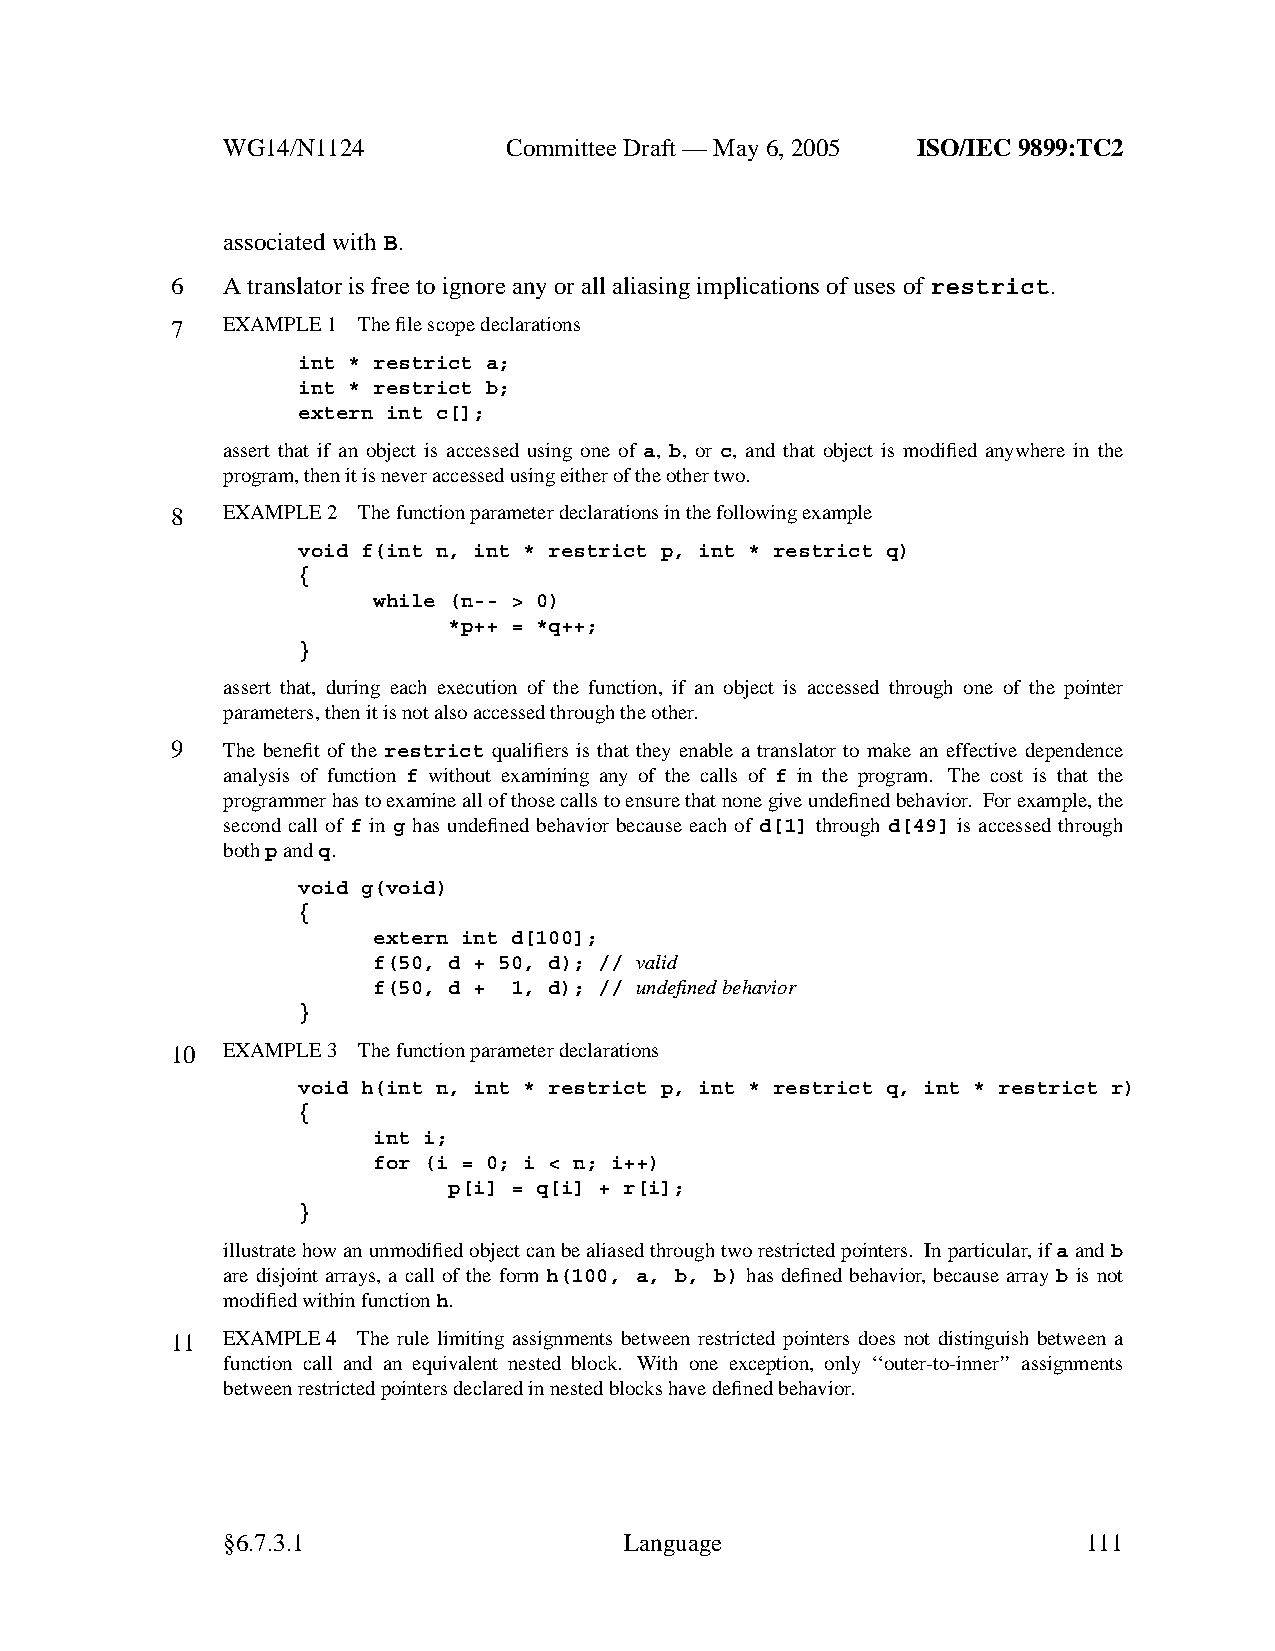
WG14/N1124        CommitteeDraft — May 6, 2005 ISO/IEC 9899:TC2
 associated withB.
 6   Atranslator is free to ignore anyor all aliasing implications of uses of restrict.
 7   EXAMPLE 1 The file scope declarations
 int * restrict a;
 int * restrict b;
 extern int c[];
 assert that if an object is accessed using one of a, b, or c, and that object is modified anywhere in the
 program, then it is neveraccessed using either of the other two.
 8   EXAMPLE 2 The function parameter declarations in the following example
 void f(int n, int * restrict p, int * restrict q)
 {
 while (n-- > 0)
 *p++ = *q++;
 }
 assert that, during each execution of the function, if an object is accessed through one of the pointer
 parameters, then it is not also accessed through the other.
 9   The benefit of the restrict qualifiers is that they enable a translator to make an effective dependence
 analysis of function f without examining any of the calls of f in the program. The cost is that the
 programmer has to examine all of those calls to ensure that none give undefined behavior. For example, the
 second call of f in g has undefined behavior because each of d[1] through d[49] is accessed through
 bothpandq.
 void g(void)
 {
 extern int d[100];
 f(50, d + 50, d); // valid
 f(50, d + 1, d); // undefined behavior
 }
 10  EXAMPLE 3 The function parameter declarations
 void h(int n, int * restrict p, int * restrict q, int * restrict r)
 {
 int i;
 for (i = 0; i < n; i++)
 p[i] = q[i] + r[i];
 }
 illustrate howanunmodified object can be aliased through tworestricted pointers. In particular,ifaandb
 are disjoint arrays, a call of the form h(100, a, b, b) has defined behavior, because array b is not
 modified within functionh.
 11  EXAMPLE 4 The rule limiting assignments between restricted pointers does not distinguish between a
 function call and an equivalent nested block. With one exception, only ‘‘outer-to-inner’’ assignments
 between restricted pointers declared in nested blocks have defined behavior.
 §6.7.3.1                  Language                       111